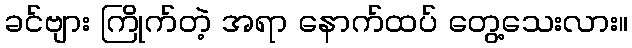
ခင်ဗျား ကြိုက်တဲ့ အရာ နောက်ထပ် တွေ့သေးလား။